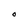
Character: O